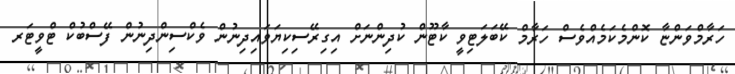
ހަރާމްވަންޏާ ކޮންމެކަމެއްވެސް ހަރާމް ކޭބަލަޓިވީ ކާޓޫން ކުދިންނަށް އިގިރޭސިކިޔަވައިދިނުން ވެކްސިންދިނުން ފޭސްބުކް ޓްވީޓަރ